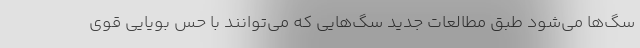
سگ‌ها می‌شود طبق مطالعات جدید سگ‌هایی که می‌توانند با حس بویایی قوی